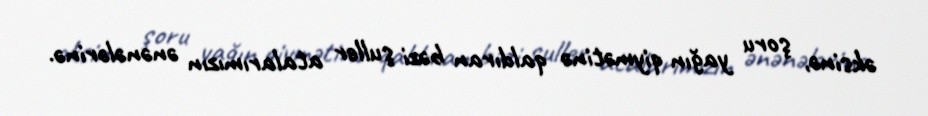
əksinə, şoru yağın qiymətinə qaldıran bəzi şuller atalarımızın ənənələrinə.